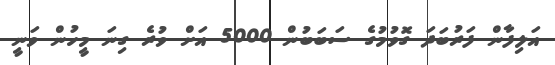
އަލިފާން ފަރުބަދަ ގޮވުމުގެ ސަބަބުން 5000 އަށް ވުރެ ގިނަ މީހުން ވަނީ